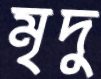
মৃদু